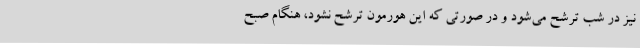
نیز در شب ترشح می‌شود و در صورتی که این هورمون ترشح نشود، هنگام صبح